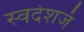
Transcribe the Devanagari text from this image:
स्वदेशजं